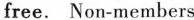
free. Non-members